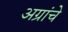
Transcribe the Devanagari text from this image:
अग्रांचे